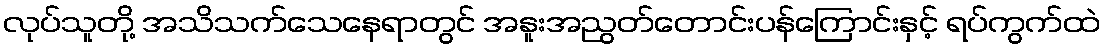
လုပ်သူတို့ အသိသက်သေနေရာတွင် အနူးအညွတ်တောင်းပန်ကြောင်းနှင့် ရပ်ကွက်ထဲ